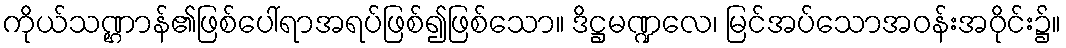
ကိုယ်သဏ္ဌာန်၏ဖြစ်ပေါ်ရာအရပ်ဖြစ်၍ဖြစ်သော။ ဒိဋ္ဌမဏ္ဍလေ၊ မြင်အပ်သောအဝန်းအဝိုင်း၌။